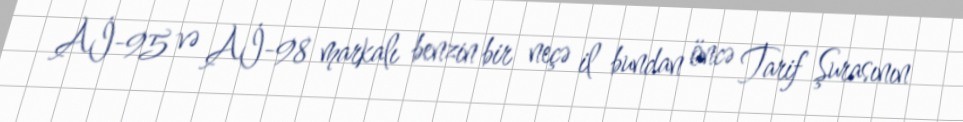
Aİ-95 və Aİ-98 markalı benzin bir neçə il bundan öncə Tarif Şurasının